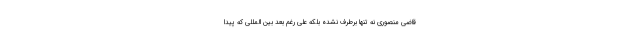
قاضی منصوری نه تنها برطرف نشده بلکه علی رغم بعد بین المللی که پیدا